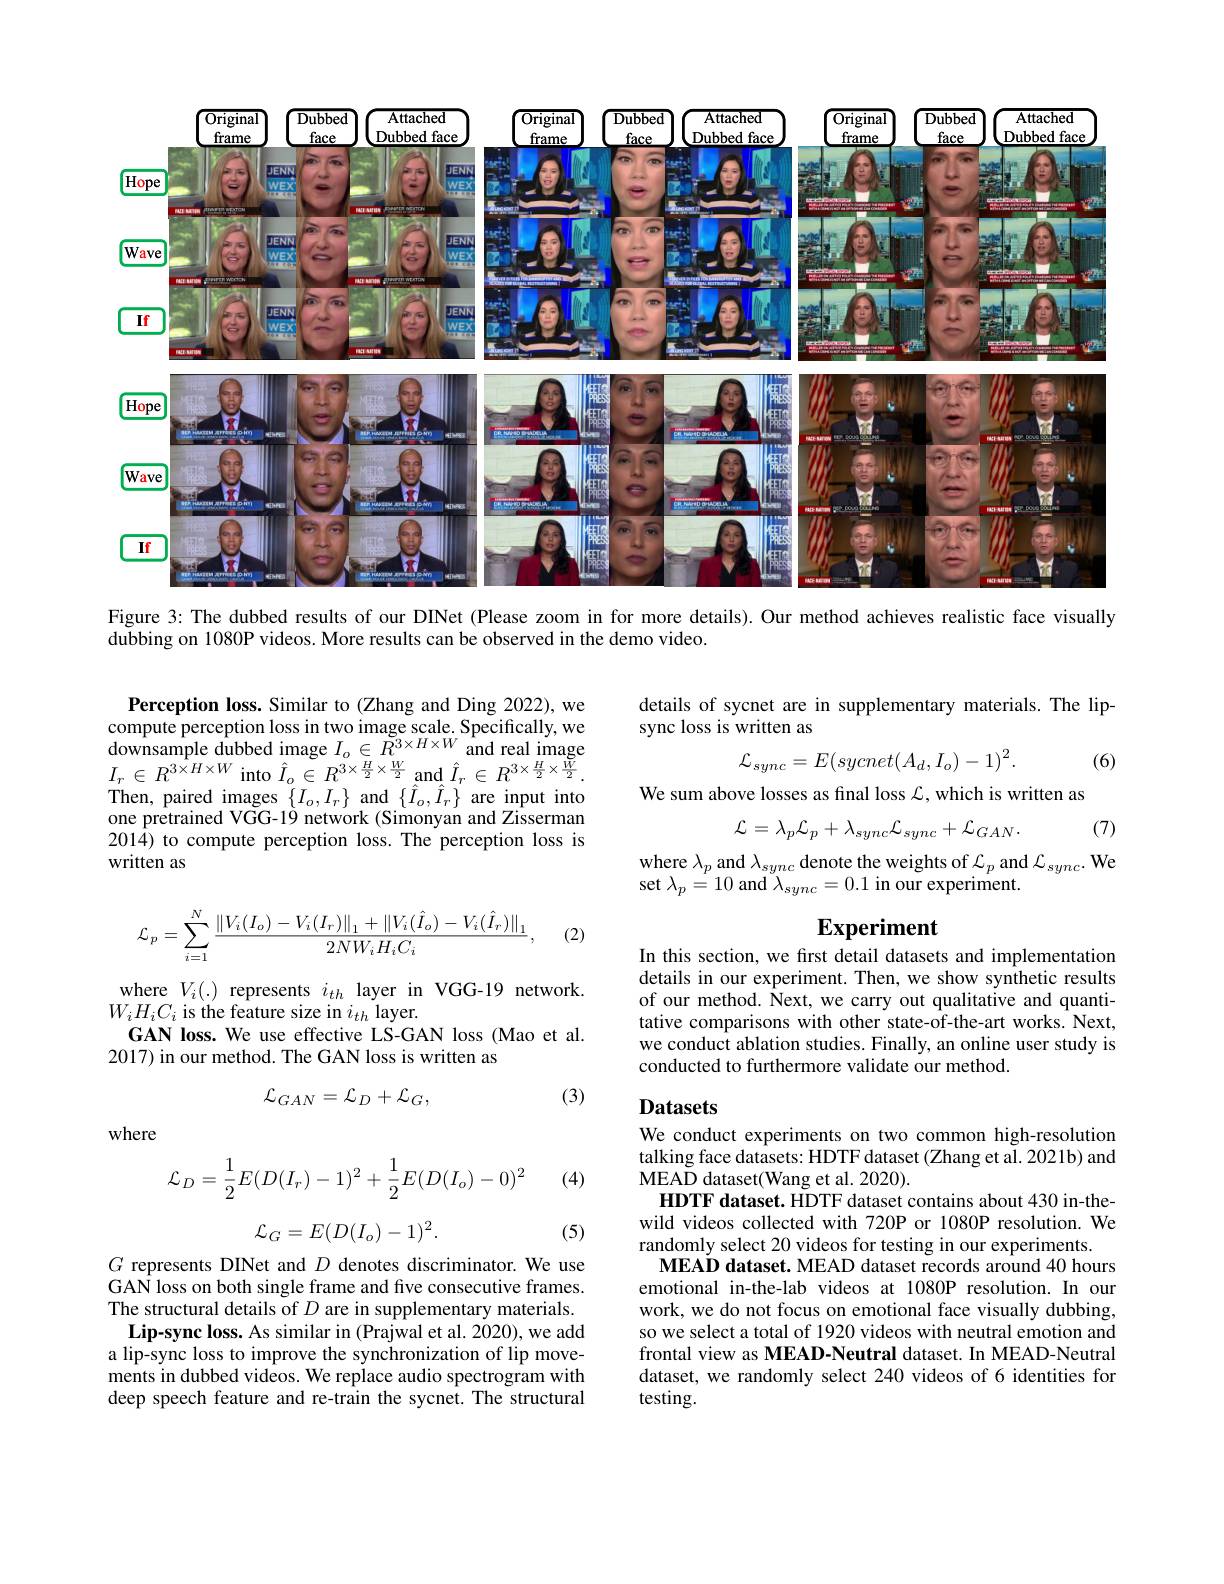
<FigureHere>

Figure 3: The dubbed results of our DINet (Please zoom in for more details).Our method achieves realistic face visually

dubbing on 1080P videos. More results can be observed in the demo video.

Perception loss. Similar to (Zhang and Ding 2022), we compute perception loss in two image scale. Specifically, we $\begin{array}{l}{\mathrm{downsample~dubbed~image~}I_{o}\in\tilde{R}^{3\times H\times W}\mathrm{~and~real~image}}\\{I_{r}\in R^{3\times H\times W}\mathrm{~into~}\hat{I}_{o}\in R^{3\times\frac{H}{2}\times\frac{W}{2}}\mathrm{~and~}\hat{I}_{r}\in R^{3\times\frac{H}{2}\times\frac{W}{2}}.}\end{array}$ Then, paired images $\{I_{o},I_{r}\}$ and $\{\hat{I}_{o},\hat{I}_{r}\}$ are input into $\hat{\text{one pretrained VGG-19 network (Simonyan and Zisserman}}$ 201$\hat{4}$) to compute perception loss. The perception loss is written as
$$\mathcal{L}_{p}=\sum_{i=1}^{N}\frac{\|V_{i}(I_{o})-V_{i}(I_{r})\|_{1}+\|V_{i}(\hat{I}_{o})-V_{i}(\hat{I}_{r})\|_{1}}{2NW_{i}H_{i}C_{i}},$$
(2)

where $V_i(.)$ represents $i_th$ layer in VGG-19 network.
$W_{i}H_{i}C_{i}$ is the feature size in $i_th$ layer.
GAN loss. We use effective LS-GAN loss (Mao et al.
2017) in our method. The GAN loss is written as
$$\mathcal{L}_{GAN}=\mathcal{L}_{D}+\mathcal{L}_{G},$$
(3)

where

(4)
$$\mathcal{L}_D=\frac{1}{2}E(D(I_r)-1)^2+\frac{1}{2}E(D(I_o)-0)^2$$
$$\mathcal{L}_G=E(D(I_o)-1)^2.$$
(5)

$G$ represents DINet and $D$ denotes discriminator. We use GAN loss on both single frame and five consecutive frames. The structural details of $D$ are in supplementary materials. Lip-sync loss. As similar in (Prajwal et al. 2020), we add a lip-sync loss to improve the synchronization of lip movements in dubbed videos. We replace audio spectrogram with deep speech feature and re-train the sycnet. The structural

details of sycnet are in supplementary materials. The lip-
sync loss is written as
$$\mathcal{L}_{sync}=E(sycnet(A_d,I_o)-1)^2.$$
(6)

We sum above losses as final loss $\mathcal{L}$, which is written as

(7)
$$\mathcal{L}=\lambda_{p}\mathcal{L}_{p}+\lambda_{sync}\mathcal{L}_{sync}+\mathcal{L}_{GAN}.$$
where $\lambda_p$ and $\lambda_sync$ denote the weights of $\mathcal{L}_p$ and $\mathcal{L}_sync.$ We
set $\lambda_{p}=10$ and $\lambda_sync=0.1$ in our experiment.

# Experiment

In this section, we first detail datasets and implementation details in our experiment. Then, we show synthetic results of our method. Next, we carry out qualitative and quantitative comparisons with other state-of-the-art works. Next, we conduct ablation studies. Finally, an online user study is conducted to furthermore validate our method.

## Datasets We conduct experiments on two common high-resolution

talking face datasets: HDTF dataset (Zhang et al. 2021b) and
MEAD dataset(Wang et al. 2020).
HDTF dataset. HDTF dataset contains about 430 in-thewild videos collected with 720P or 1080P resolution. We randomly select 20 videos for testing in our experiments.
MEAD dataset. MEAD dataset records around 40 hours emotional in-the-lab videos at 1080P resolution. In our work, we do not focus on emotional face visually dubbing, so we select a total of 1920 videos with neutral emotion and frontal view as MEAD-Neutral dataset. In MEAD-Neutral dataset, we randomly select 240 videos of 6 identities for testing.